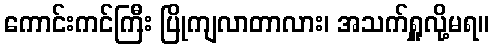
ကောင်းကင်ကြီး ပြိုကျလာတာလား၊ အသက်ရှူလို့မရ။